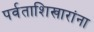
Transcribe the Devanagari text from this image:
पर्वताशिखारांना